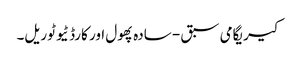
کیریگامی سبق - سادہ پھول اور کارڈ ٹیوٹوریل۔